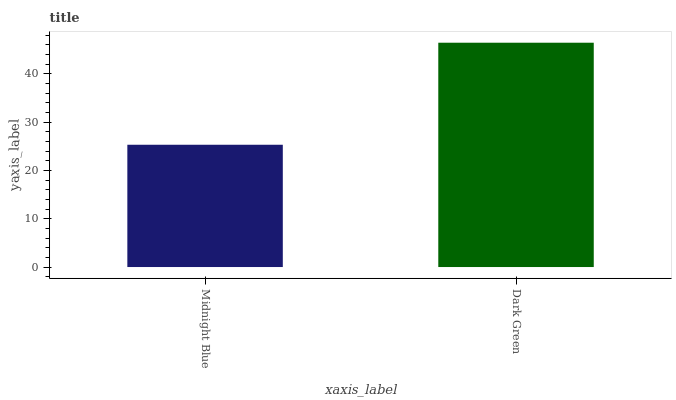
| xaxis_label | bars |
 | --- | --- |
 | Midnight Blue | 25.3 |
 | Dark Green | 46.4 |